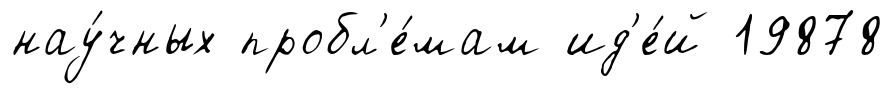
нау́чных пробл'е́мам ид'е́й 19878